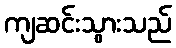
ကျဆင်းသွားသည်